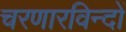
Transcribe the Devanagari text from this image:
चरणारविन्दों